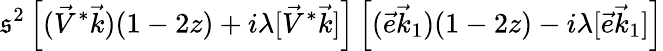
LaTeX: \mathfrak{s}^{2}\left[(\vec{{V}}^{*}\vec{{k}})(1-2z)+i\lambda[\vec{{V}}^{*}\vec{{k}}]\right]\left[(\vec{{e}}\vec{{k}}_{1})(1-2z)-i\lambda[\vec{{e}}\vec{{k}}_{1}]\right]